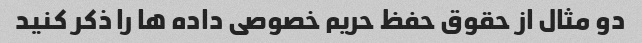
دو مثال از حقوق حفظ حریم خصوصی داده ها را ذکر کنید